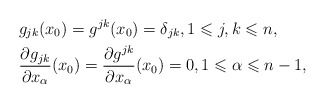
\begin{align*} & g_{jk}(x_0) = g^{jk}(x_0) = \delta_{jk},1 \leqslant j,k \leqslant n, \\ & \frac{\partial g_{jk}}{\partial x_\alpha}(x_0) = \frac{\partial g^{jk}}{\partial x_\alpha}(x_0) = 0, 1 \leqslant \alpha \leqslant n-1,\end{align*}